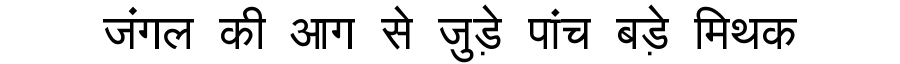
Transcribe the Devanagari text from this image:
जंगल की आग से जुड़े पांच बड़े मिथक